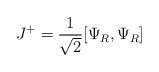
\begin{align*}J^+ = {1 \over \sqrt 2} [\Psi_R , \Psi _R]\end{align*}